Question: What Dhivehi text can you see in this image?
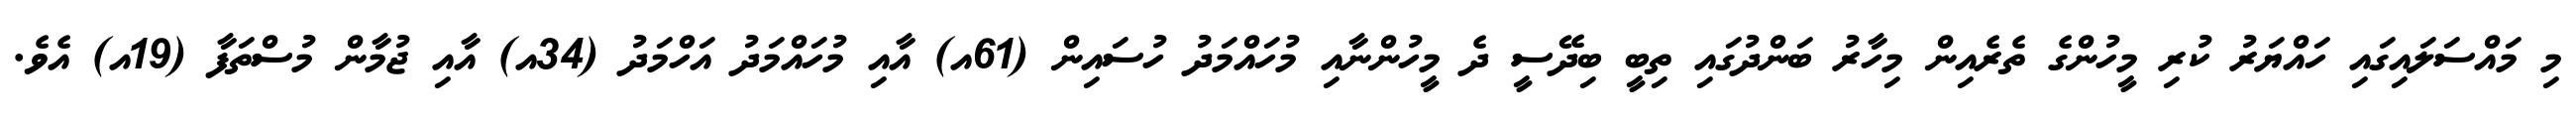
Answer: މި މައްސަލައިގައި ހައްޔަރު ކުރި މީހުންގެ ތެރެއިން މިހާރު ބަންދުގައި ތިބީ ބިދޭސީ ދެ މީހުންނާއި މުހައްމަދު ހުސައިން (61އ) އާއި މުހައްމަދު އަހްމަދު (34އ) އާއި ޖުމާން މުސްތަފާ (19އ) އެވެ.